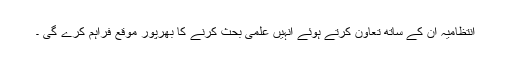
انتظامیہ ان کے ساتھ تعاون کرتے ہوئے انہیں علمی بحث کرنے کا بھرپور موقع فراہم کرے گی ۔